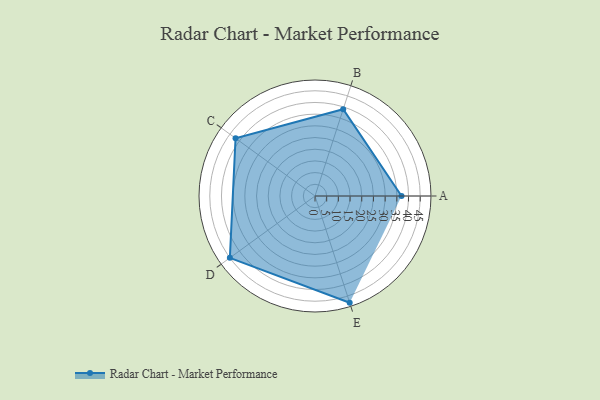
{"axis": {"x": "Skill", "y": "Score"}, "legend": ["Profile"], "data": [{"x": "A", "y": 37.0, "type": "Profile"}, {"x": "B", "y": 39.0, "type": "Profile"}, {"x": "C", "y": 42.0, "type": "Profile"}, {"x": "D", "y": 45.0, "type": "Profile"}, {"x": "E", "y": 48.0, "type": "Profile"}]}